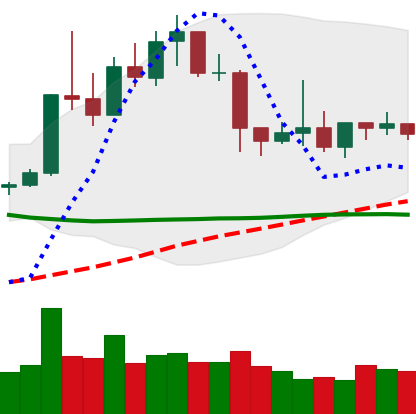
Ticker: XLM-USD
Chart end date: 2019-04-19
Forward return: -10.781%
Label: down_7plus